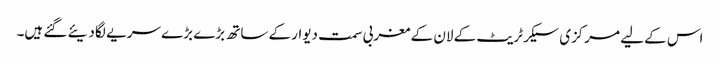
اس کے لیے مرکزی سیکرٹریٹ کے لان کے مغربی سمت دیوار کے ساتھ بڑے بڑے سریے لگا دیئے گئے ہیں۔